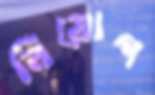
নিয়োগ